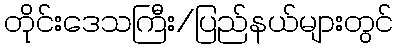
တိုင်းဒေသကြီး/ပြည်နယ်များတွင်